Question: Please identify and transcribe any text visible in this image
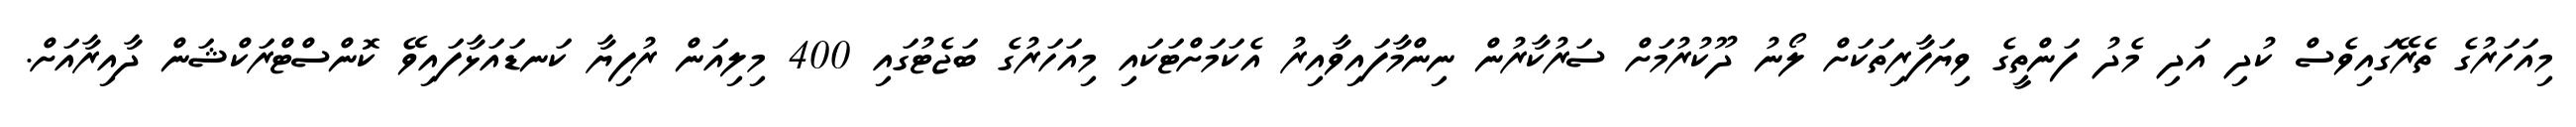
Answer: މިއަހަރުގެ ތެރޭގައިވެސް ކުދި އަދި މެދު ފަންތީގެ ވިޔަފާރިތަކަށް ލޯނު ދޫކުރުމަށް ސަރުކާރުން ނިންމާފައިވާއިރު އެކަމަށްޓަކައި މިއަހަރުގެ ބަޖެޓުގައި 400 މިލިއަން ރުފިޔާ ކަނޑައަޅާފައިވޭ ކޮންސްޓްރަކްޝަން ދާއިރާއަށް.